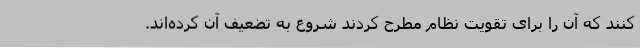
کنند که آن را برای تقویت نظام مطرح کردند شروع به تضعیف آن کرده‌اند.